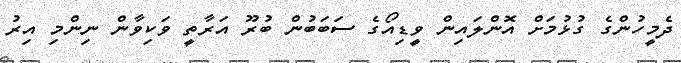
ދެމީހުންގެ ގުޅުމަށް އޮންލައިން ވީޑިއޯގެ ސަބަބުން ބުރޫ އަރާތީ ވަކިވާން ނިންމި އިރު